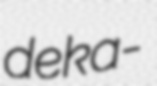
deka-